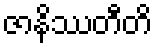
ဇာနိဿတီတိ